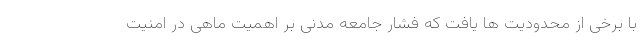
با برخی از محدودیت ها یافت که فشار جامعه مدنی بر اهمیت ماهی در امنیت